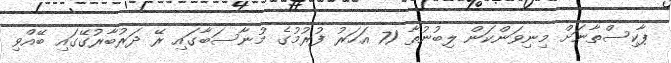
ޕާކިސްތާނަށް މިނިވަންކަން ލިބުނުތާ 71 އަހަރު ފުރުމުގެ މުނާސަބާގައި ރޭ ދަރުބާރުގޭގައި ބޭއްވި